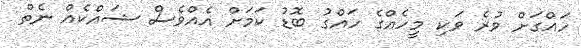
ހައްގަށް ވުރެ ވަކި މީހެއްގެ ހައްގު ބޮޑު ކަމަށް އެއްވެސް ޝައްކެއް ނެތް